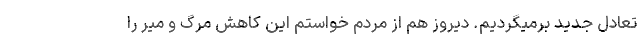
تعادل جدید برمیگردیم. دیروز هم از مردم خواستم این کاهش مرگ و میر را